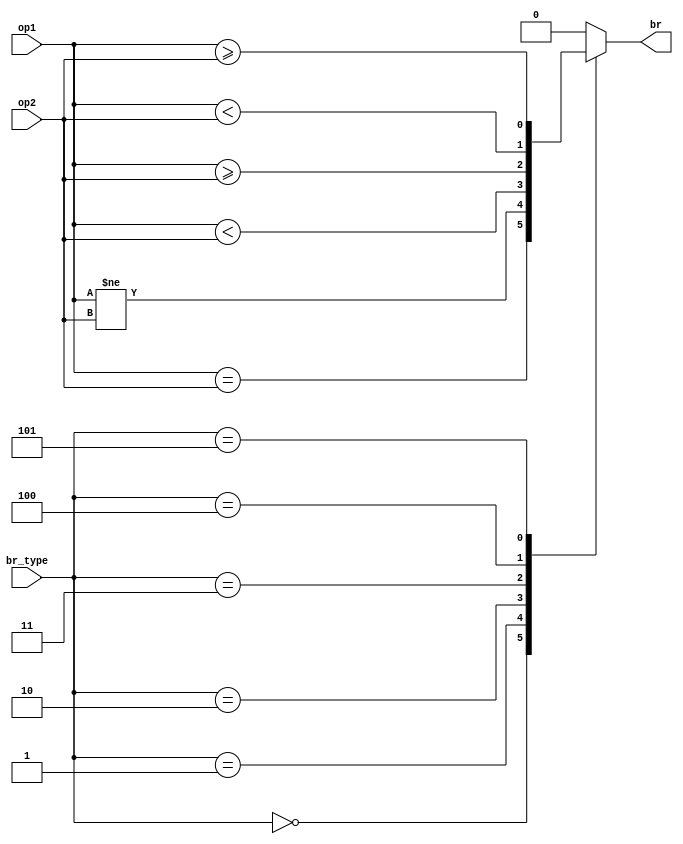
`timescale 1ns / 1ps

module Branch (
    input [31:0] op1,
    input [31:0] op2,
    input [2:0] br_type,
    output reg br
);
    parameter BEQ_type = 3'b000;
    parameter BNE_type = 3'b001;
    parameter BLT_type = 3'b010;
    parameter BGE_type = 3'b011;
    parameter BLTU_type = 3'b100;
    parameter BGEU_type = 3'b101;
    // parameter NO_BR = 3'b11;
    always @(*) begin
        case (br_type)
            BEQ_type: br = (op1 == op2);
            BNE_type: br = (op1 != op2);
            BLT_type: br = ($signed(op1) < $signed(op2));
            BGE_type: br = ($signed(op1) >= $signed(op2));
            BLTU_type: br = (op1 < op2);
            BGEU_type: br = (op1 >= op2);
            default: br = 0;
        endcase
    end
endmodule